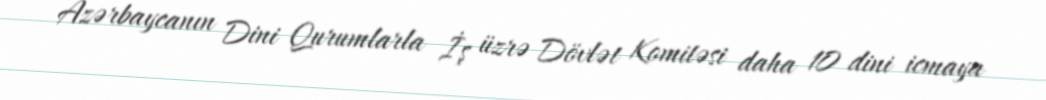
Azərbaycanın Dini Qurumlarla İş üzrə Dövlət Komitəsi daha 10 dini icmaya